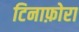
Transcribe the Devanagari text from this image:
टिनाफ़ोरा